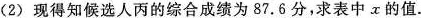
(2)现得知候选人丙的综合成绩为87.6分，求表中x的值.